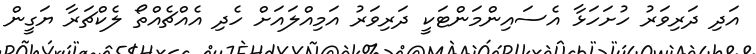
އަދި ދަރިވަރު ހުށަހަޅާ އެސައިންމަންޓަކީ ދަރިވަރު އަމިއްލައަށް ހެދި އެއްޗެއްތޯ ލެކްޗަރާ ޔަގީން